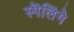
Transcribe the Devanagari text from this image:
स्पॆलिंगे